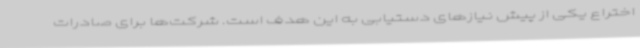
اختراع یکی از پیش نیازهای دستیابی به این هدف است. شرکت‌ها برای صادرات